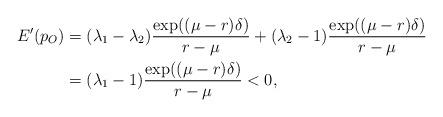
LaTeX: \begin{align*}E'(p_O)&=(\lambda_1-\lambda_2)\frac{\exp((\mu-r)\delta)}{r-\mu}+(\lambda_2-1)\frac{\exp((\mu-r)\delta)}{r-\mu}\\&=(\lambda_1-1)\frac{\exp((\mu-r)\delta)}{r-\mu}<0,\end{align*}